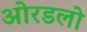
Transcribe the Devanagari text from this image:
ओरडलो